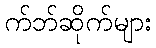
က်ဘ်ဆိုက်များ